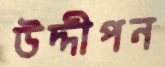
উদ্দীপন